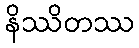
နိဿိတဿ